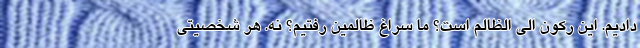
دادیم. این رکون الی الظالم است؟ ما سراغ ظالمین رفتیم؟ نه. هر شخصیتی